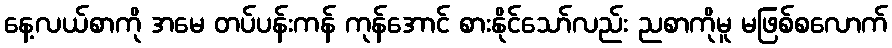
နေ့လယ်စာကို အမေ တပ်ပန်းကန် ကုန်အောင် စားနိုင်သော်လည်း ညစာကိုမူ မဖြစ်စလောက်